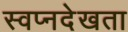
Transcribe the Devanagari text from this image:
स्वप्नदेखता